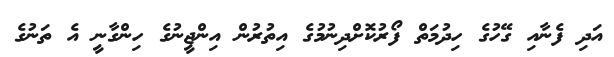
އަދި ފެނާއި ގޭހުގެ ހިދުމަތް ފޯރުކޮށްދިނުމުގެ އިތުރުން އިންޖީނުގެ ހިންގާނީ އެ ތަނުގެ